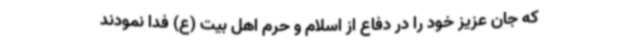
که جان عزیز خود را در دفاع از اسلام و حرم اهل بیت‌ (ع) فدا نمودند